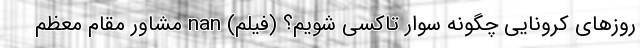
روزهای کرونایی چگونه سوار تاکسی شویم؟ (فیلم) nan مشاور مقام معظم